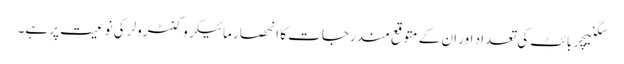
سگنیچر بائٹ کی تعداد اور ان کے متوقع مندرجات کا انحصار مائیکروکنٹرولر کی نوعیت پر ہے۔